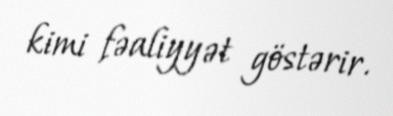
kimi fəaliyyət göstərir.